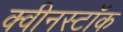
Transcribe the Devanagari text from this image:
क्वीनस्टॉक